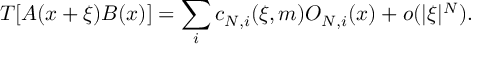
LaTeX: T [ A ( x + \xi ) B ( x ) ] = \sum _ { i } c _ { N , i } ( \xi , m ) O _ { N , i } ( x ) + o ( \vert \xi \vert ^ { N } ) .